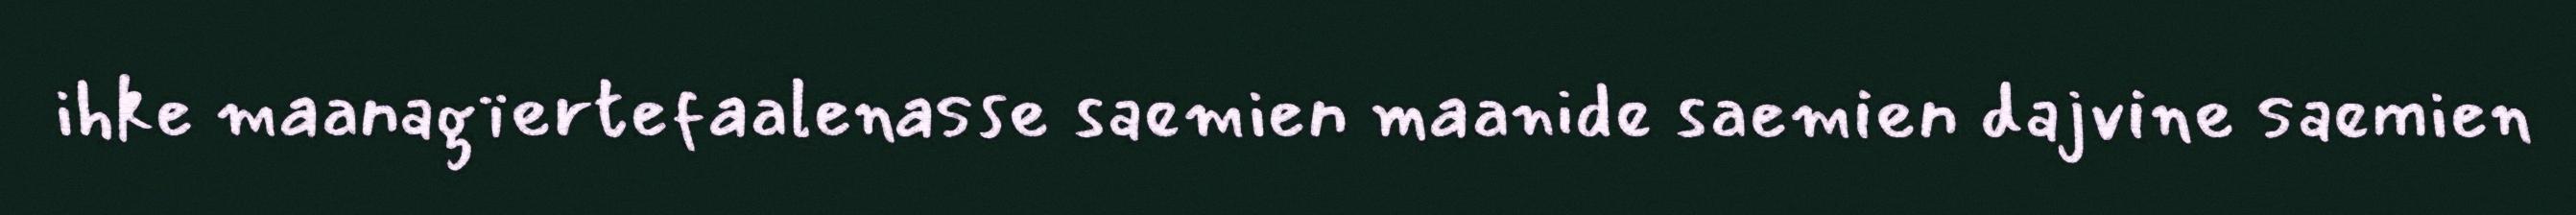
ihke maanagïertefaalenasse saemien maanide saemien dajvine saemien